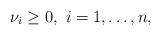
LaTeX: \begin{align*}\nu_i \geq 0, \ i=1,\dots,n,\end{align*}